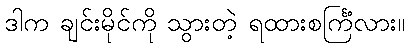
ဒါက ချင်းမိုင်ကို သွားတဲ့ ရထားစင်္ကြံလား။